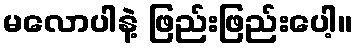
မလောပါနဲ့ ဖြည်းဖြည်းပေါ့။